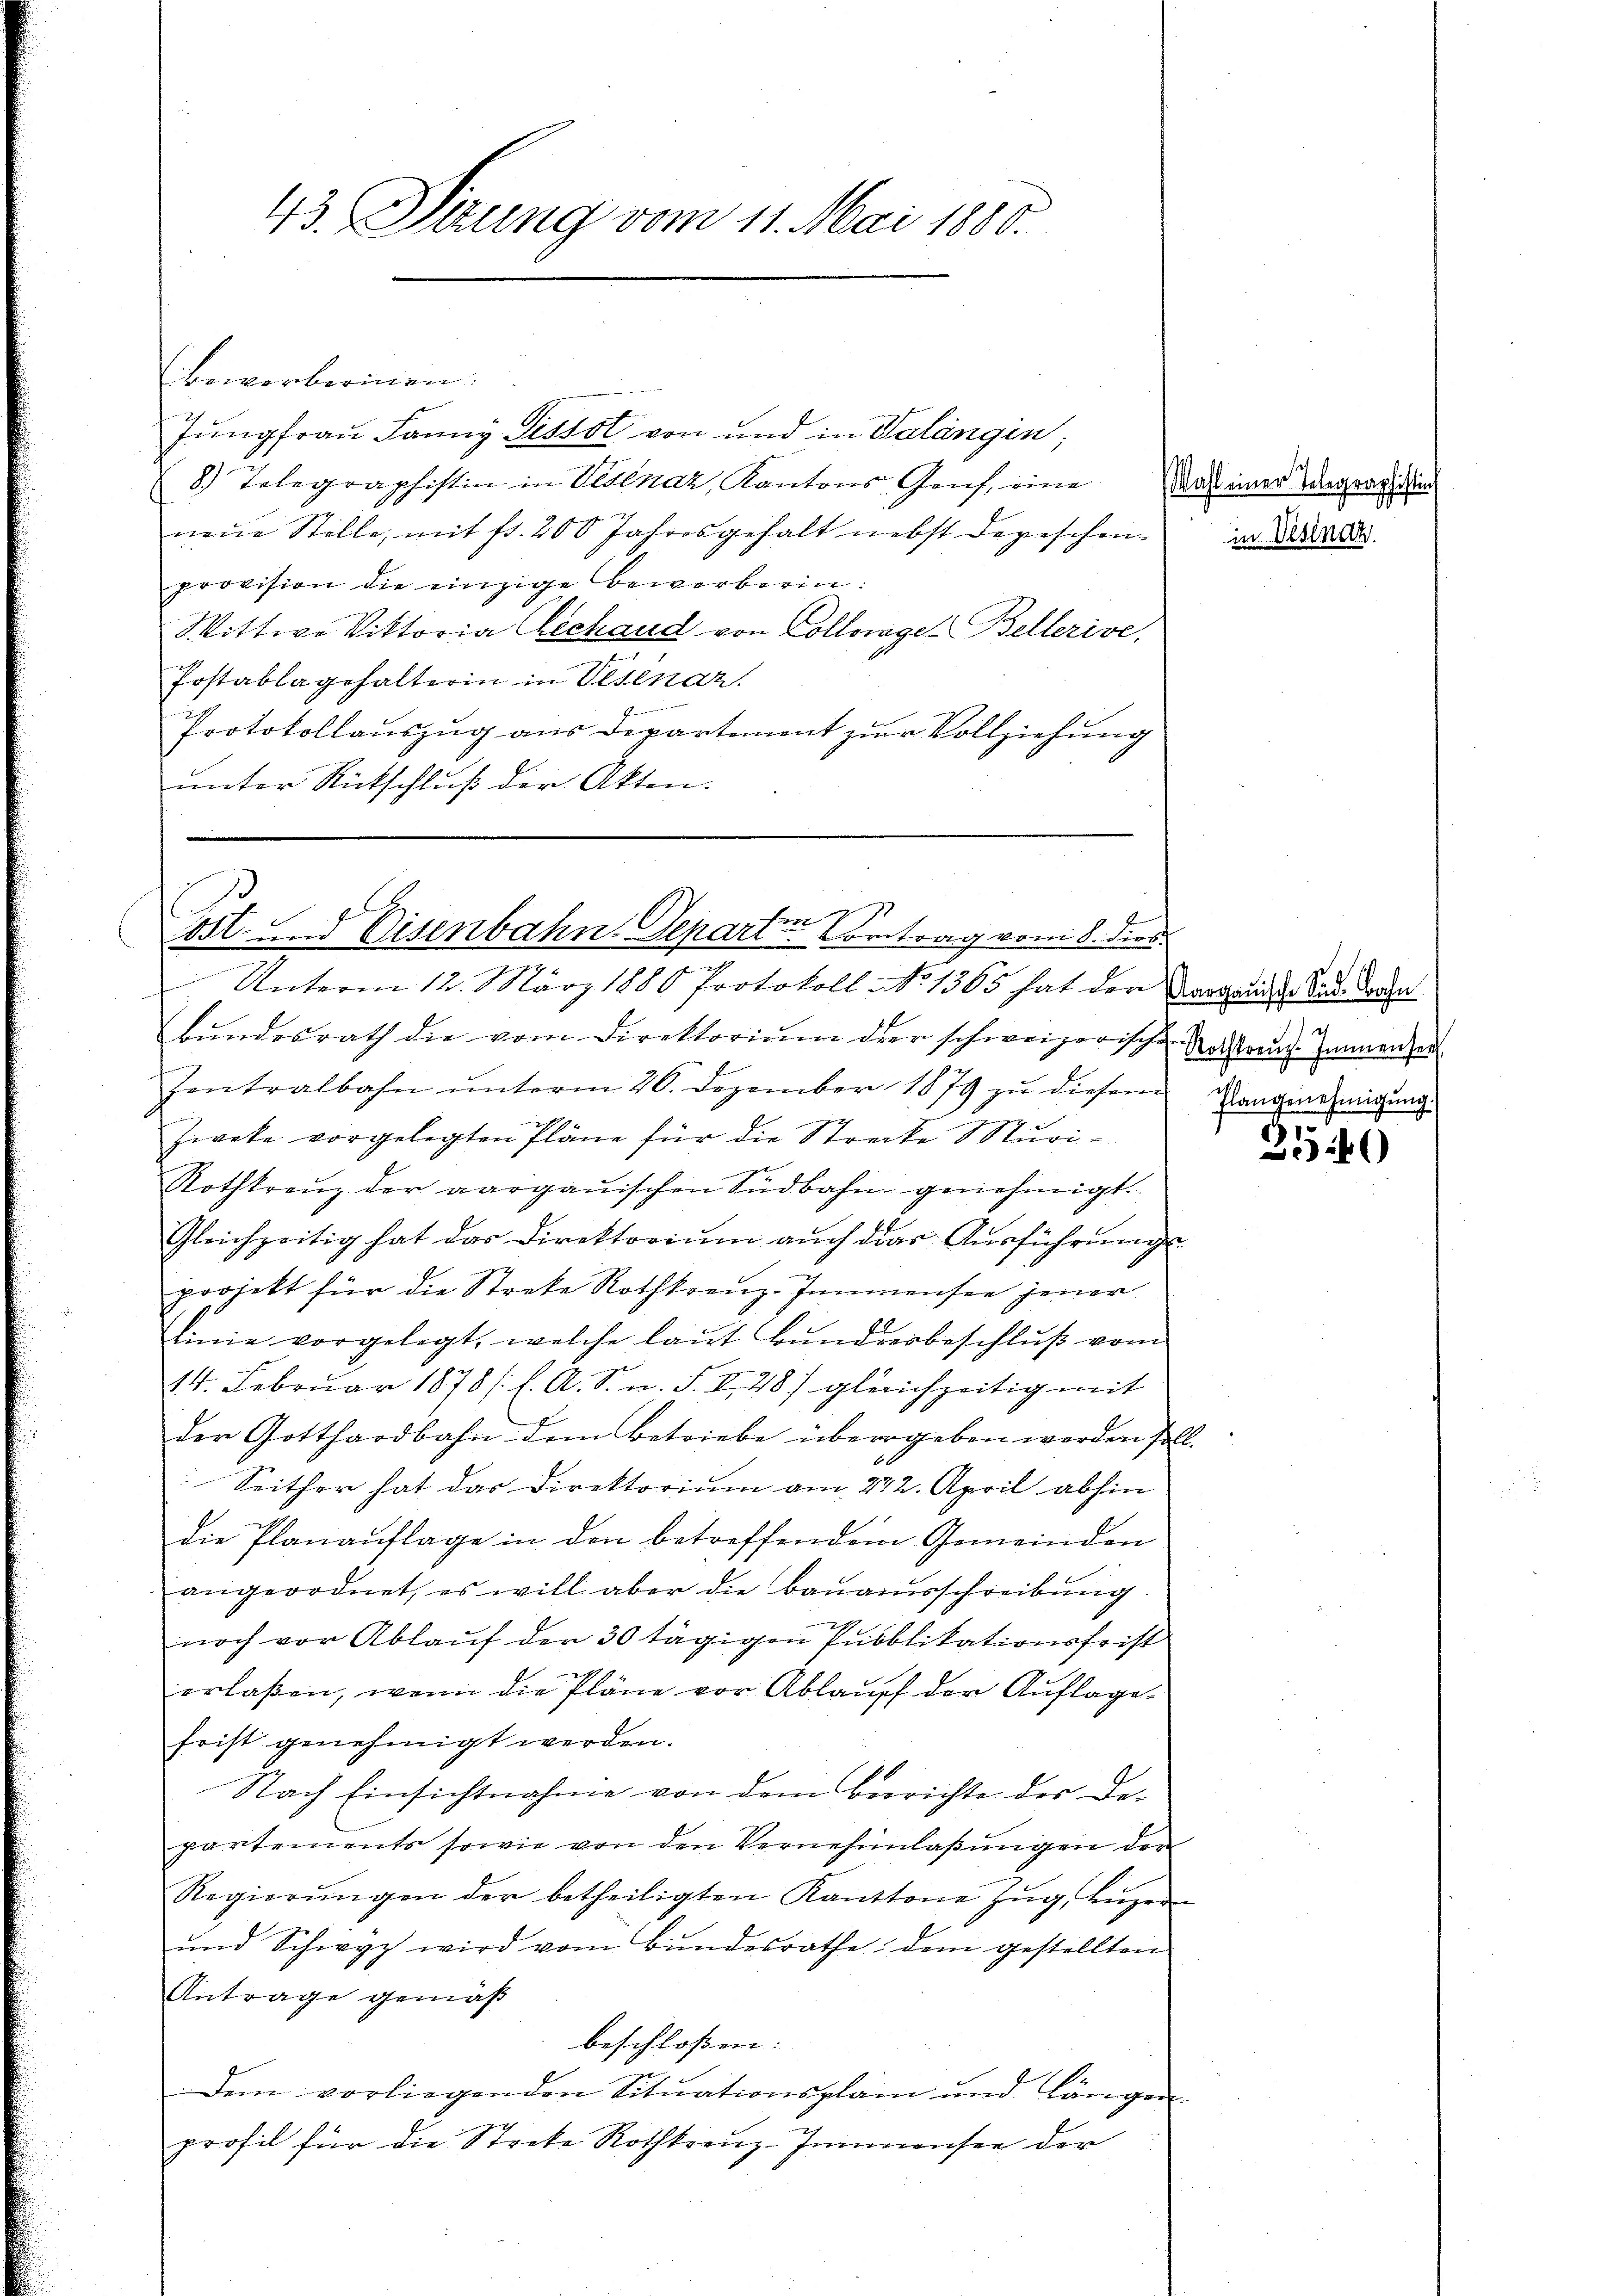
43. Sitzung vom 11. Mai 1880.

fen
ost- und Eisenbahn. Depari-Vortrag vom 8. dies
e
Unterm 12. März 1880 Protokoll No 1365 hat der Vorgende Bau dasse

(bewerberinen
Jŭngfrau Janny Pissol von und in Valangen;
8) Telegraphistin in Bedenaz, Kantons Genf, eine Nach einer Siegwartun
neue Stelle, mit fr. 200 Jahresgehalt nebst Depeschen.
provision die einzige Bewerberin:
Wittwe Viktoria Cechaud von Collorge Bellerive,
Postablagehalterin in Vesénar.
Protokollauszug aus Departement zur Vollziehung
unter Rückschluß der Akten.

bŭndesrath die vom Direktoriŭm der schweizerische Nachtrŭnz-Zimmenheit
Iontralbahn ŭnterm 20. Dezember 1879 zŭ diesem Rangenehmigŭng

.
zwete vorgelegten Pläne für die Strecke Nuri¬
Rothkranz der aargauischen Südbahn genehmigt.
Gleichzeitig hat das Direktoriŭm aŭch das Aŭsführŭngs-
projekt für die Streke Rothkreuz-Innmensee jener
Linie vorgelegt, welche laut Bunderbeschluß vom
14. Februar 1878/. l. A. S. n. F. II 28) gleichzeitig mit
der Gotthardbahn dem Betriebe übergeben werden soll.
0
Seither hat das Direktorium am 222. April abhin
die Planaŭflage in den betreffendem Gemeinden
angeordnet, es will aber die Baŭamsschreibŭng
noch vor Ablaŭf der 30 tägigen Publikationsfrist
erlaßen, wenn die Pläne vor Ablauff der Auflage-
frist genehmigt werden.
Nach Einsichtnahme von dem Berichte des Departements sowie von den Vernehmlassŭngen der
Regierŭngen der betheiligten Kantone Zŭg, Lŭzern
und Schwyz wird vom Bundesrathe dem gestellten
Antrage gemäß
beschloßen: |
Dem vorliegenden Situationsplan und längen
profil für die Streke Rothkranz-Inmensee der

in Vestnah

d

2540